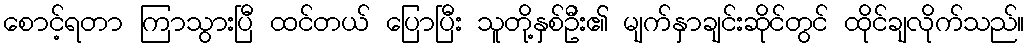
စောင့်ရတာ ကြာသွားပြီ ထင်တယ် ပြောပြီး သူတို့နှစ်ဦး၏ မျက်နှာချင်းဆိုင်တွင် ထိုင်ချလိုက်သည်။